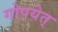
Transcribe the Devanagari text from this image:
गोपयेत्